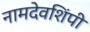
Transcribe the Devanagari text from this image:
नामदेवशिंपी